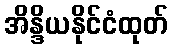
အိန္ဒိယနိုင်ငံထုတ်